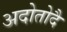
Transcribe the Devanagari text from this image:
अदोतोदै